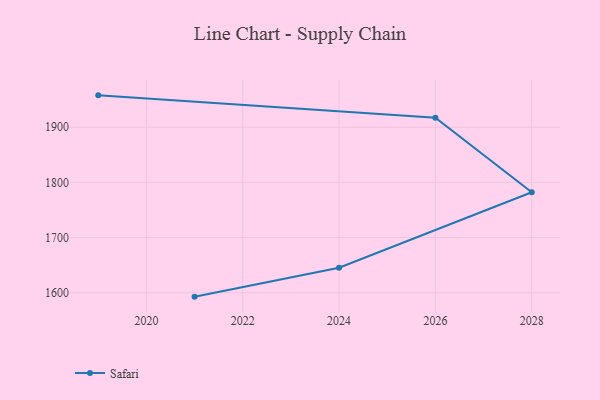
{"axis": {"x": "Year", "y": "Latency (ms)"}, "legend": ["Safari"], "data": [{"x": "2019", "y": 1957.7, "type": "Safari"}, {"x": "2026", "y": 1917.0, "type": "Safari"}, {"x": "2028", "y": 1782.2, "type": "Safari"}, {"x": "2024", "y": 1645.5, "type": "Safari"}, {"x": "2021", "y": 1593.0, "type": "Safari"}]}